Vaccination in the Punjab 1905-1918 - 1905-1918
Year: 1905
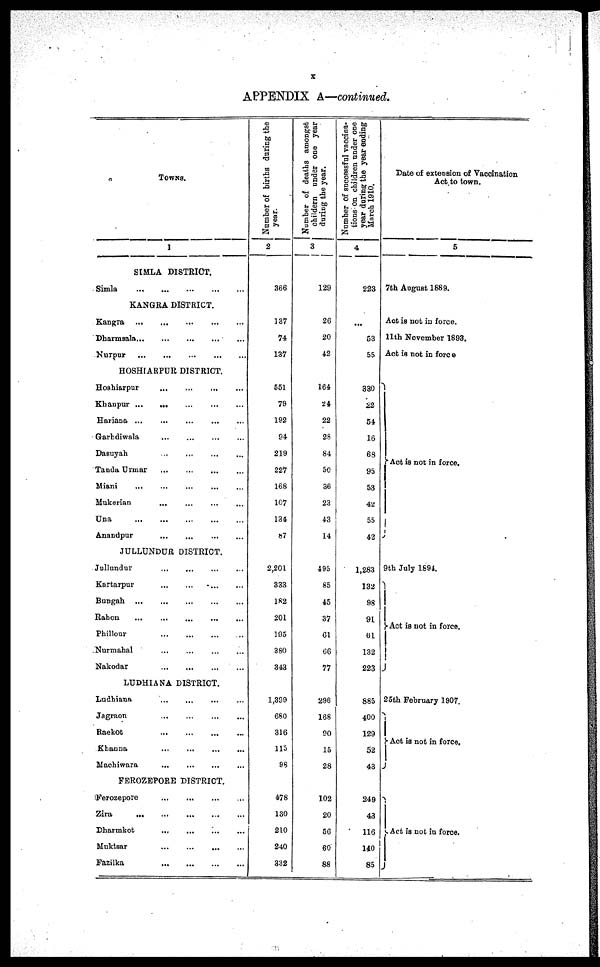
x
APPENDIX A—continued.
TOWNS.
1
SIMLA DISTRICT.
Simla
...
...
...
...
...
KANGRA DISTRICT.
Kangra
...
...
...
...
...
Dharmsala
...
...
...
...
...
Nurpur
...
...
...
...
...
HOSHIARPUR DISTRICT.
Hoshiarpur
...
...
...
...
...
Khanpur
...
...
...
...
...
Hariana
...
...
...
...
...
Garhdiwala ... ... ... ... ...
Dasuyah ... ... ... ... ...
Tanda Urmar
...
...
...
...
...
Miani ... ... ... ... ...
Mukerian ... ... ... ... ...
Una
...
...
...
...
...
Anandpur
...
...
...
...
...
JULLUNDUR DISTRICT.
Jullundur ... ... ... ... ...
Kartarpur ... ... ... ... ...
Bungah
...
...
...
...
...
Rahon
...
...
...
...
...
Phillour
...
...
...
...
...
Nurmahal
...
...
...
...
...
Nakodar ... ... ... ... ...
LUDHIANA DISTRICT.
Ludhiana ... ... ... ... ...
Jagraon ... ... ... ... ...
Raekot
...
...
...
...
...
Khanna
...
...
...
...
...
Machiwara ... ... ... ... ...
FEROZEPORE DISTRICT.
Ferozepore ... ... ... ... ...
Zira
...
...
...
...
...
Dharmkot
...
...
...
...
...
Muktsar
...
...
...
...
...
Fazilka
...
...
...
...
...
Number of births during the
year.
2
366
137
74
137
551
79
192
94
219
227
168
107
134
87
2,201
333
182
201
195
380
343
1,399
680
316
115
98
478
130
210
240
332
Number of deaths amongst
childern under one year
during the year.
3
129
26
20
42
164
24
22
28
84
50
36
23
43
14
495
85
45
37
61
66
77
296
168
90
15
28
102
20
56
60
88
Number of successful vaccina-
tions on children under one
year during the year ending
March 1910.
4
223
...
53
55
330
22
54
16
68
95
53
42
55
42
1,283
132
98
91
61
132
223
885
400
129
52
43
249
43
116
140
85
Date of extension of Vaccination
Act to town.
5
7th August 1889.
Act is not in force.
11th November 1893.
Act is not in force
Act is not in force.
9th July 1894.
Act is not in force.
25th February 1907.
Act is not in force.
Act is not in force.